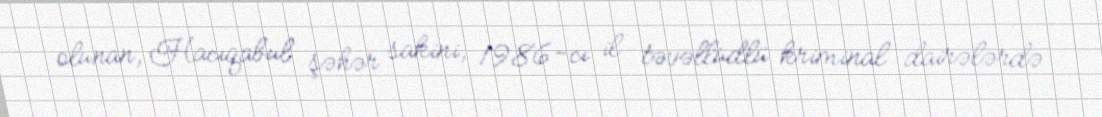
olunan, Hacıqabul şəhər sakini, 1986-cı il təvəllüdlü kriminal dairələrdə